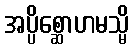
အပ္ပိစ္ဆောဟမသ္မိ